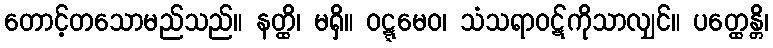
တောင့်တသောမည်သည်။ နတ္ထိ၊ မရှိ။ ဝဋ္ဋမေဝ၊ သံသရာဝဋ်ကိုသာလျှင်။ ပတ္ထေန္တိ၊